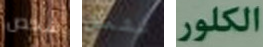
شخص تثمل الكلور